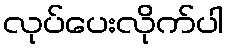
လုပ်ပေးလိုက်ပါ